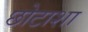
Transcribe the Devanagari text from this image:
छोटाशा